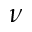
\nu